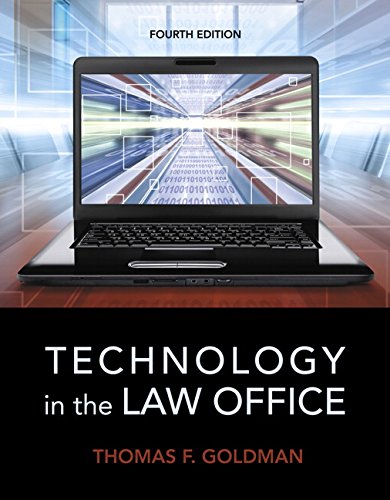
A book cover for Technology in the Law Office (4th Edition); Thomas F. Goldman; Business & Money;